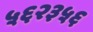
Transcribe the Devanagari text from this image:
५६२३५६